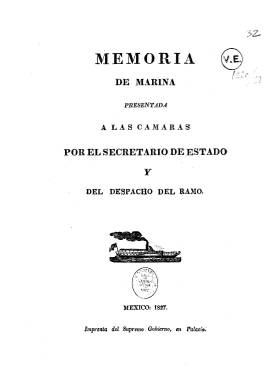
Título: Memoria de marina presentada a las Cámaras
Otros títulos: Memoria de marina || Título: Memoria de marina leída en la Cámara de Diputados, <1834>
Colección: Anuarios e informes
Ámbito geográfico: México
Lugar de publicación: México
Fechas: 01/01/1827-31/12/1827